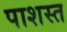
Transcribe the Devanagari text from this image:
पाशस्त